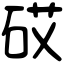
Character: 砹